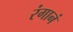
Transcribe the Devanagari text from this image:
रंगानं